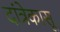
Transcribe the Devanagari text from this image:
दांत्रेकासू